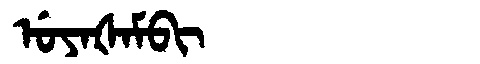
Manchu: ᡠᠶᠠᡧᠠᠮᠪᡳ
Romanization: UYAŠAMBI